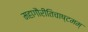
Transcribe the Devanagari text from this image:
महागौरीतिचाष्टमम्